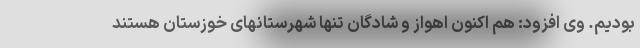
بودیم. وی افزود: هم اکنون اهواز و شادگان تنها شهرستانهای خوزستان هستند